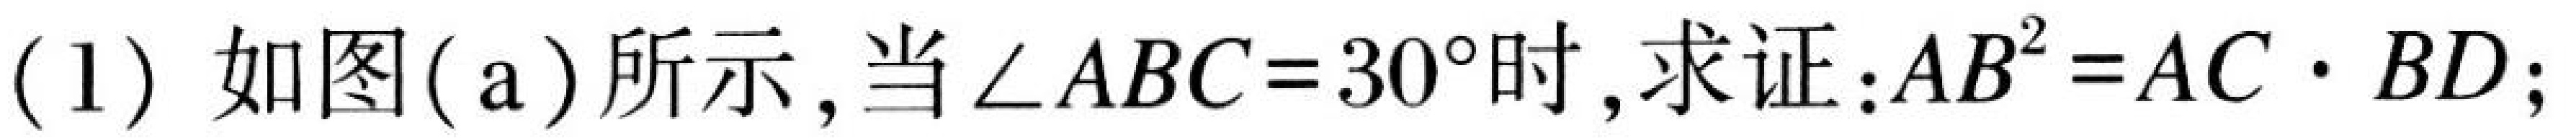
(1) 如图(a)所示, 当\(\angle ABC = 30^{\circ}\)时, 求证:\(AB^{2}=AC\cdot BD\);